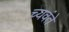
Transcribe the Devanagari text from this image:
च्यवंते